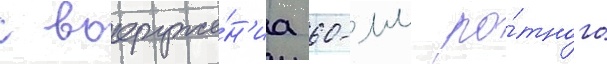
с вооруже́н'иа 60-мм ро́тного